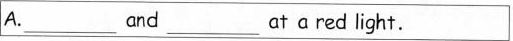
A. ___and ___ at a red light.